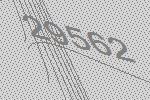
29562